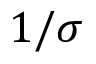
1 / \sigma